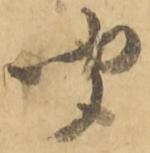
聞